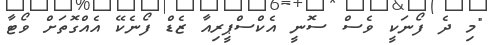
"މި ދެ ފޯނަކީ ވެސް ސޮނީ އެކްސްޕީރިއާ ޒެޑް ފޯނެކޭ އެއްގޮތަށް ވޯޓާ